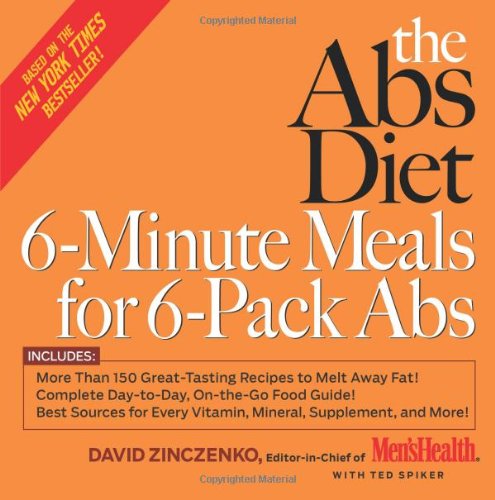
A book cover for The Abs Diet 6-Minute Meals for 6-Pack Abs: More Than 150 Great-Tasting Recipes to Melt Away Fat!; David Zinczenko; Health, Fitness & Dieting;